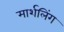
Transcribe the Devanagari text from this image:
मार्शलिंग